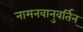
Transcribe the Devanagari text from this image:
नामनवानुवर्तिन्